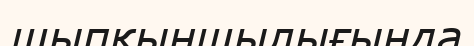
шыпқыншылығында